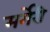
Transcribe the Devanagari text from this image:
मर्गेरी